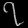
Digit: ၇